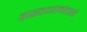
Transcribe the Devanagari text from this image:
वास्तव्यानंतरही